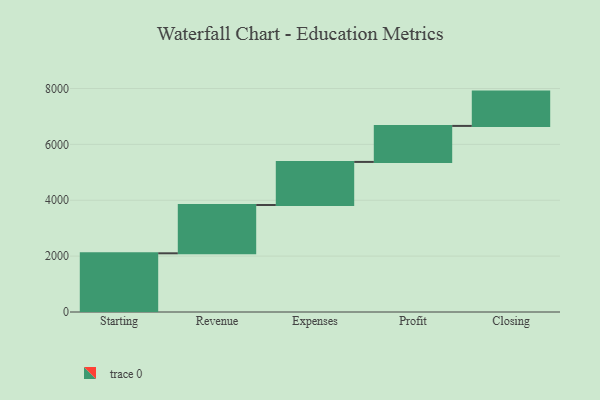
{"axis": {"x": "Step", "y": "Value"}, "legend": [""], "data": [{"x": "Starting", "y": 2101.0, "type": ""}, {"x": "Revenue", "y": 1729.0, "type": ""}, {"x": "Expenses", "y": 1542.0, "type": ""}, {"x": "Profit", "y": 1289.0, "type": ""}, {"x": "Closing", "y": 1228.0, "type": ""}]}